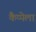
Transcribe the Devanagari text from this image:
कैप्पेला